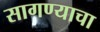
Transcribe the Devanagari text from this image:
सागण्याचा